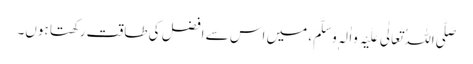
صَلَّی اللہُ تَعَالٰی عَلَیْہِ وَاٰلِہٖ وَسَلَّمَ، میں اس سے افضل کی طاقت رکھتا ہوں۔